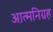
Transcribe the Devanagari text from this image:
आत्मनिग्रह